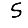
Digit: 5